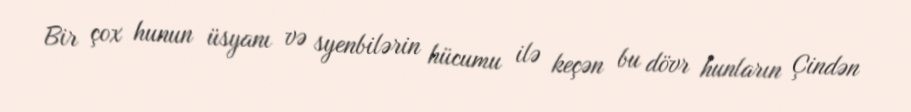
Bir çox hunun üsyanı və syenbilərin hücumu ilə keçən bu dövr hunların Çindən